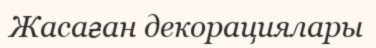
Жасаған декорациялары